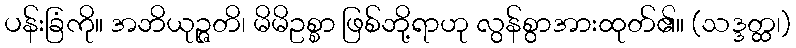
ပန်းခြံကို။ အဘိယုဉ္ဇတိ၊ မိမိဥစ္စာ ဖြစ်ဘို့ရာဟု လွန်စွာအားထုတ်၏။ (သဒ္ဒတ္ထ၊)